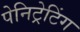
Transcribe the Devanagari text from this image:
पेनिट्रेटिंग